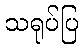
သရုပ်ပြ